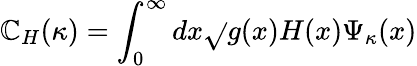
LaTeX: \mathbb{C}_{H}(\kappa)=\int_{0}^{\infty}dx\sqrt{}{{g(x)}}H(x)\Psi_{\kappa}(x)